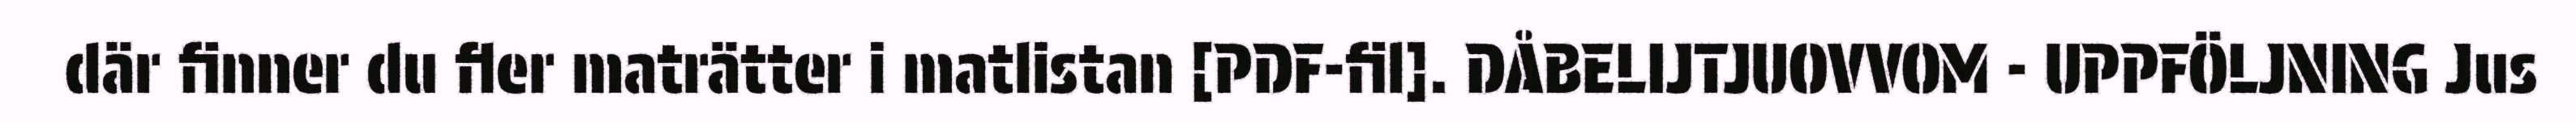
där finner du fler maträtter i matlistan [PDF-fil]. DÅBELIJTJUOVVOM - UPPFÖLJNING Jus